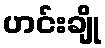
ဟင်းချို